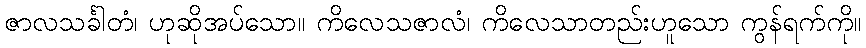
ဇာလသင်္ခါတံ၊ ဟုဆိုအပ်သော။ ကိလေသဇာလံ၊ ကိလေသာတည်းဟူသော ကွန်ရက်ကို။